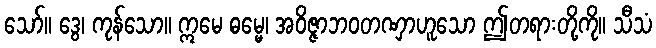
သော်။ ဒွေ၊ ကုန်သော။ ဣမေ ဓမ္မေ၊ အဝိဇ္ဇာဘဝတဏှာဟူသော ဤတရားတို့ကို။ သီသံ